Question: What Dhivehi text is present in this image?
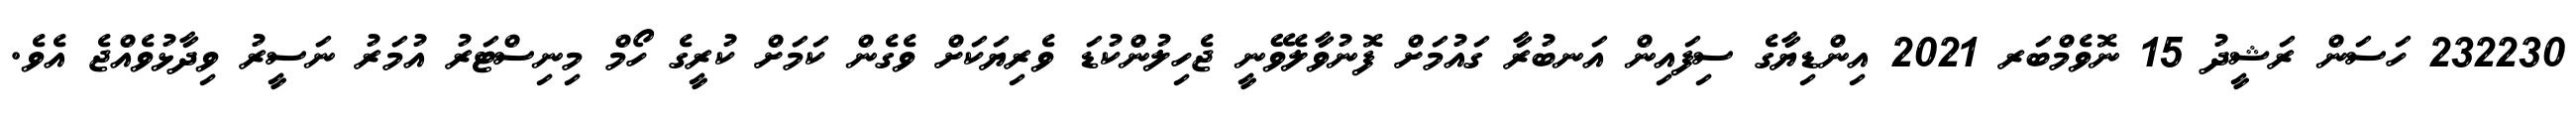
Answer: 232230 ހަސަން ރަޝީދު 15 ނޮވެމްބަރ 2021 އިންޑިޔާގެ ސިފައިން އަނބުރާ ގައުމަށް ފޮނުވާލެވޭނީ ޖެހިލުންކުޑަ ވެރިޔަކަށް ވެގެން ކަމަށް ކުރީގެ ހޯމް މިނިސްޓަރު އުމަރު ނަސީރު ވިދާޅުވެއްޖެ އެވެ.